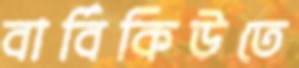
বার্বিকিউতে